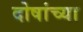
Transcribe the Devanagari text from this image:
दोषांच्या